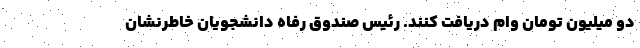
دو میلیون تومان وام دریافت کنند. رئیس صندوق رفاه دانشجویان خاطرنشان